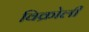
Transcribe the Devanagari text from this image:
विक्रोली